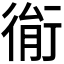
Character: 𢔮